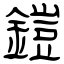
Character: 鎧